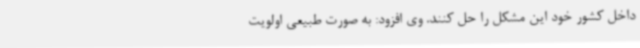
داخل کشور خود این مشکل را حل کنند. وی افزود: به صورت طبیعی اولویت